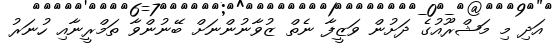
އަދި މި މަޝްރޫއުގެ ދަށުން ވަޒީފާ ނެތް ޒުވާނުންނަށް ބޭނުންވާ ތަމްރީނާއި ހުނަރު